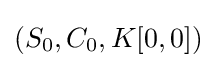
(S_{0},C_{0},K[0,0])